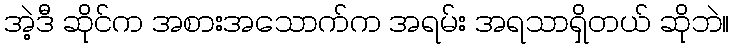
အဲ့ဒီ ဆိုင်က အစားအသောက်က အရမ်း အရသာရှိတယ် ဆိုဘဲ။